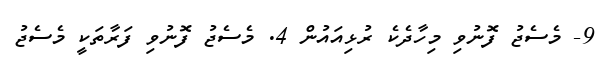
9- މެސެޖު ފޮނުވި މިހާދެކެ ރުޅިއައުން 4. މެސެޖު ފޮނުވި ފަރާތަކީ މެސެޖު